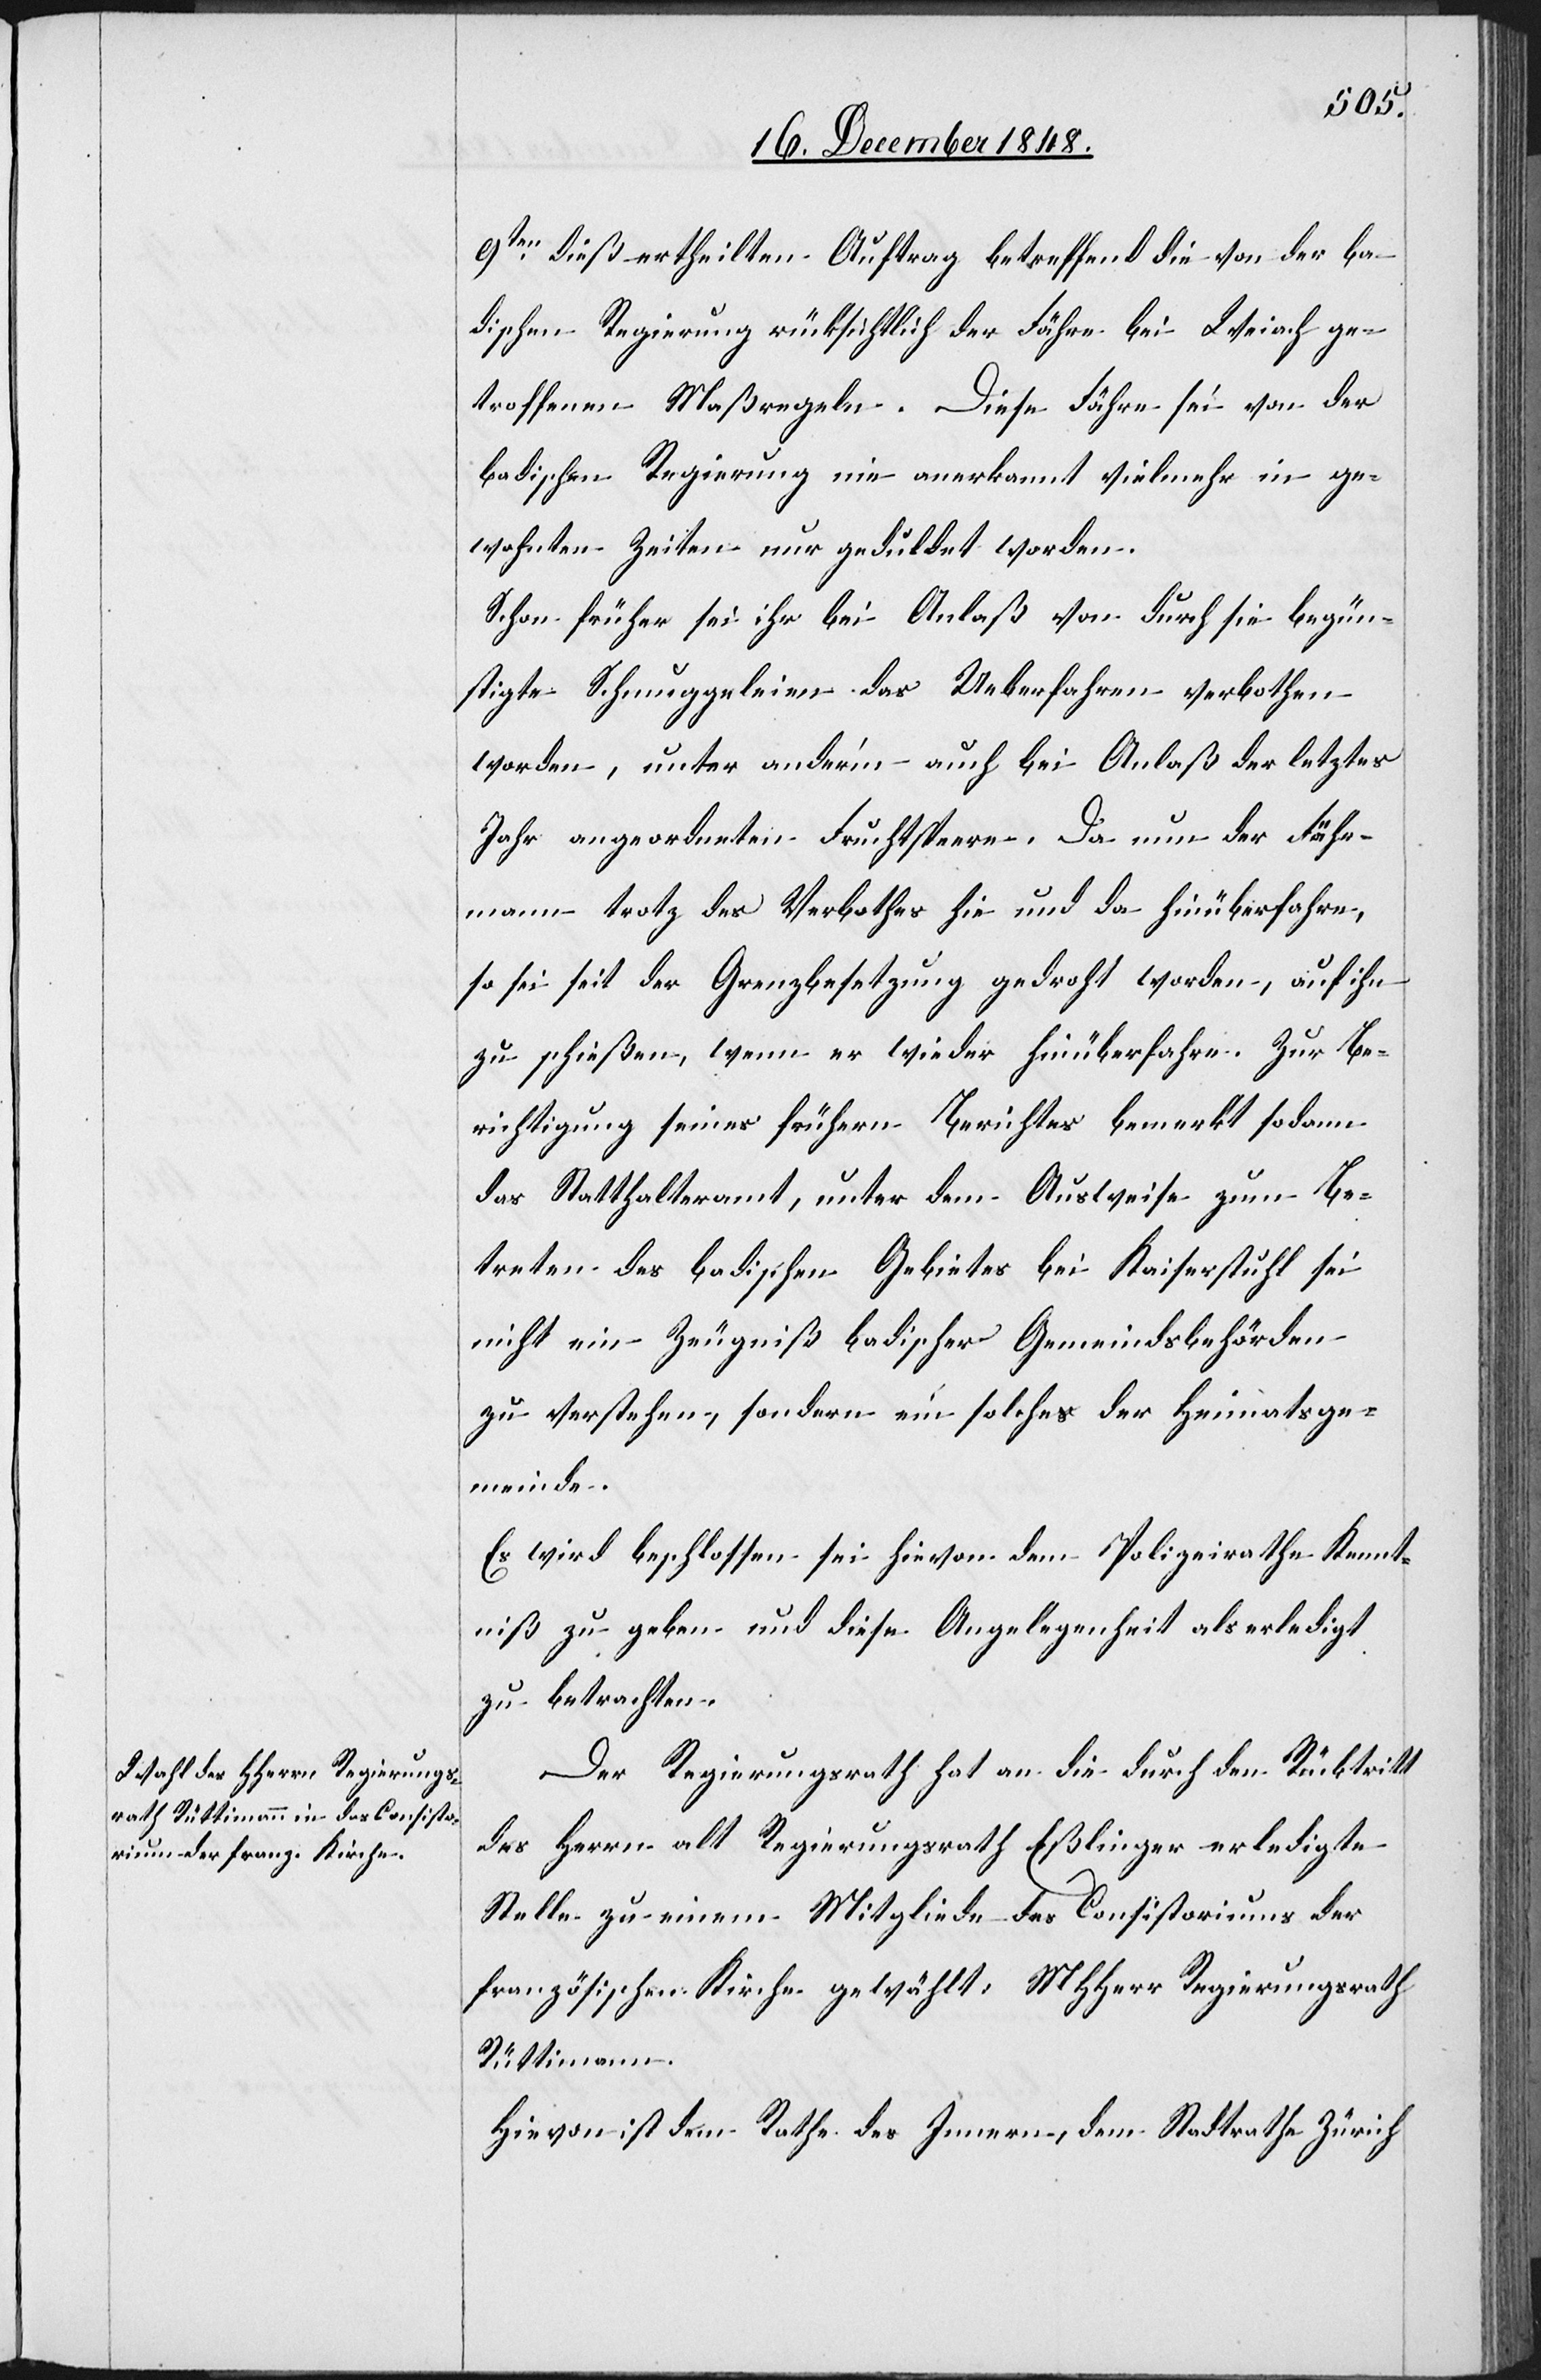
9ten dieß ertheilten Auftrag betreffend die von der ba¬
dischen Regierung rücksichtlich der Fähre bei Weiach ge¬
troffenen Maßregeln. Diese Fähre sei von der
badischen Regierung nie anerkannt vielmehr in ge¬
wohnten Zeiten nur geduldet worden.
Schon früher sei ihr bei Anlaß von durch sie begün¬
stigte Schmuggeleien das Ueberfahren verbothen
worden, unter ander’m auch bei Anlaß der letztes
Jahr angeordneten Fruchtsperre. Da nun der Fähr¬
mann trotz des Verbothes hie und da hinüberfahre,
so sei seit der Grenzbesetzung gedroht worden, auf ihn
zu schießen, wenn er wieder hinüberfahre. Zur Be¬
richtigung seines frühern Berichtes bemerkt sodann
das Statthalteramt, unter dem Ausweise zum Be¬
treten des badischen Gebietes bei Kaiserstuhl sei
Es wird beschlossen sei hievon dem Polizeirathe Kennt¬
niß zu geben und diese Angelegenheit als erledigt
zu betrachten.
Der Regierungsrath hat an die durch den Rücktritt
des Herrn alt Regierungsrath Eßlinger erledigte
Stelle zu einem Mitgliede des Consistoriums der
französischen Kirche gewählt: MHHerr Regierungsrath
Rüttimann.
Hievon ist dem Rathe des Innern, dem Stadtrathe Zürich